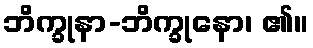
ဘိက္ခုနာ-ဘိက္ခုနော၊ ၏။